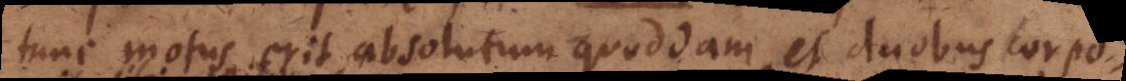
tunc motus erit absolutum quoddam, et duobus corpo